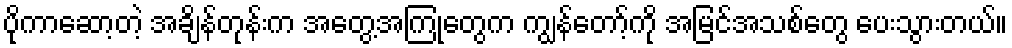
ပိုကာဆော့တဲ့ အချိန်တုန်းက အတွေ့အကြုံတွေက ကျွန်တော့်ကို အမြင်အသစ်တွေ ပေးသွားတယ်။